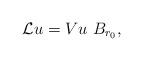
LaTeX: \begin{align*}\mathcal{L}u= Vu \ B_{r_0}, \end{align*}